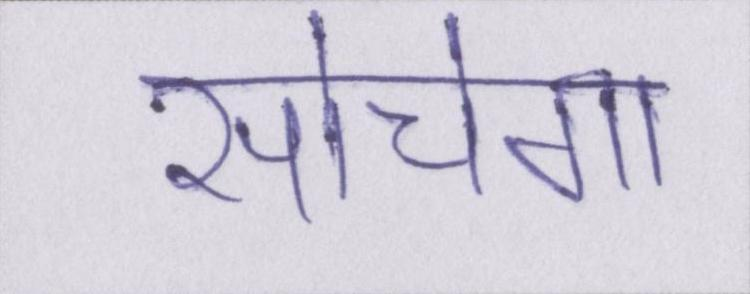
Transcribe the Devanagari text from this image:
सोचेगा